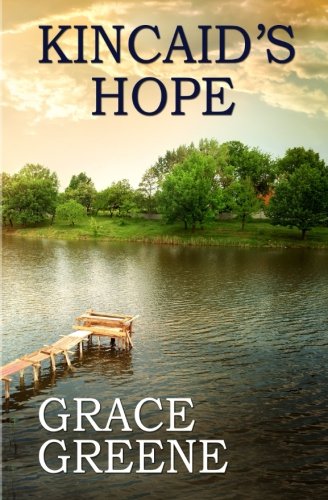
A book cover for Kincaid's Hope: A Virginia Country Roads Novel; Grace Greene; Romance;